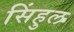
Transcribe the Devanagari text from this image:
सिंहुल